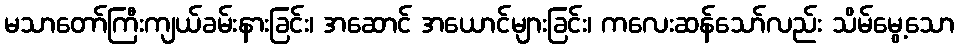
မသာတော်ကြီးကျယ်ခမ်းနားခြင်း၊ အဆောင် အယောင်များခြင်း၊ ကလေးဆန်သော်လည်း သိမ်မွေ့သော